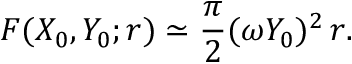
{ \cal F } ( X _ { 0 } , Y _ { 0 } ; r ) \simeq \frac { \pi } { 2 } ( \omega Y _ { 0 } ) ^ { 2 } \, r .